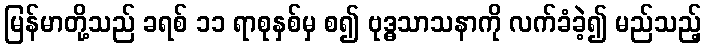
မြန်မာတို့သည် ခရစ် ၁၁ ရာစုနှစ်မှ စ၍ ဗုဒ္ဓသာသနာကို လက်ခံခဲ့၍ မည်သည့်